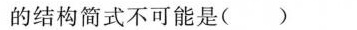
的结构简式不可能是( )